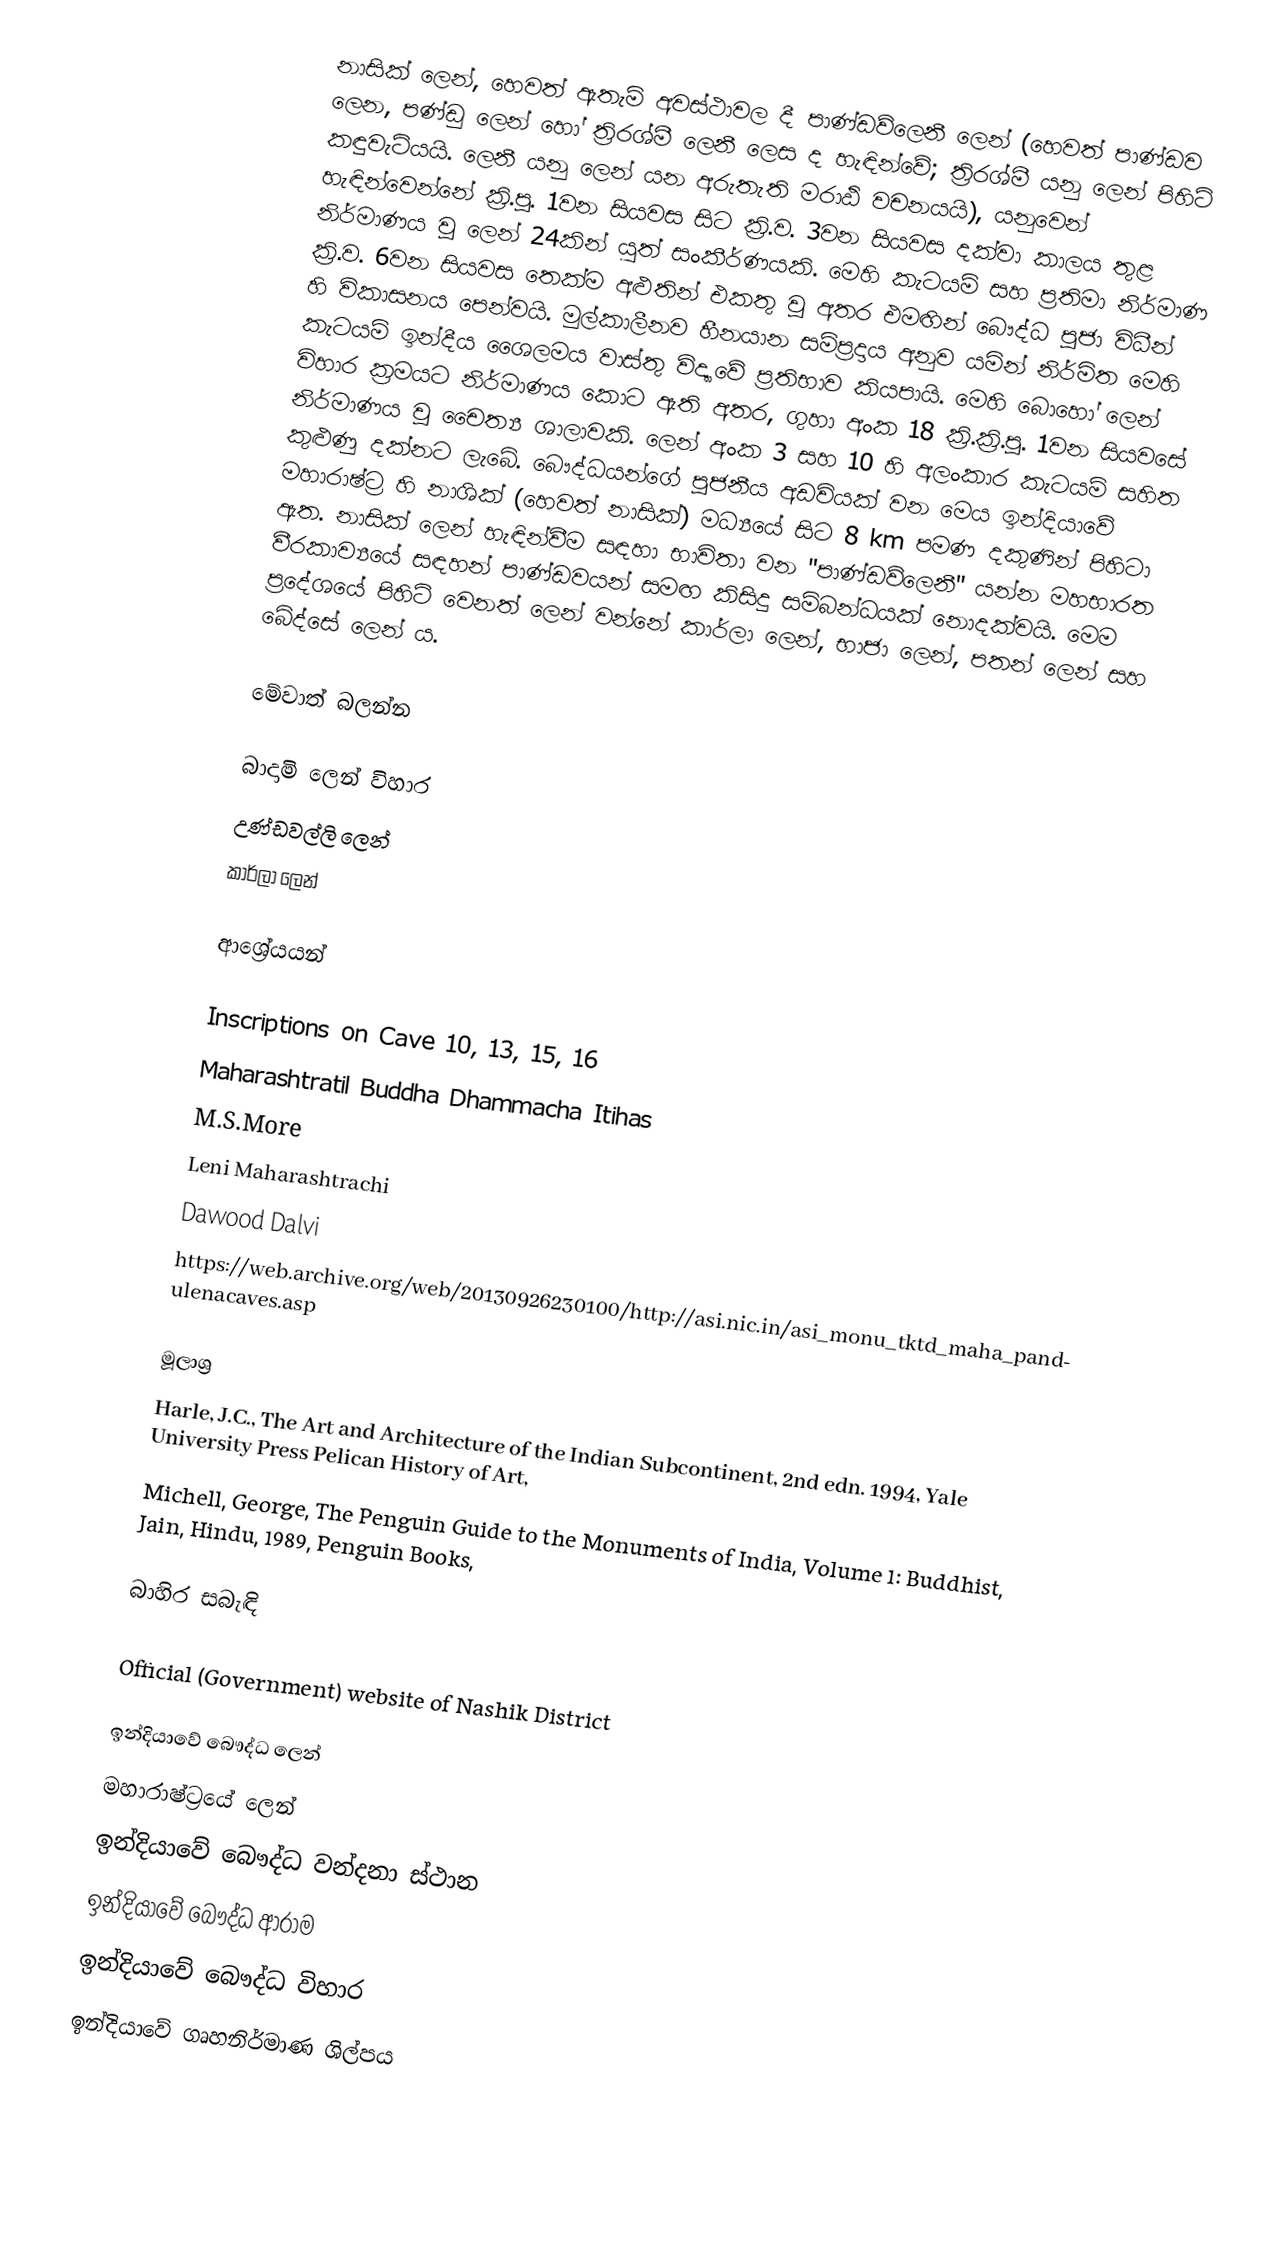
නාසික් ලෙන්, හෙවත් ඇතැම් අවස්ථාවල දී පාණ්ඩව්ලෙනී ලෙන්  (හෙවත් පාණ්ඩව ලෙන, පණ්ඩු ලෙන් හෝ ත්‍රිරශ්මී ලෙනී ලෙස ද හැඳින්වේ; ත්‍රිරශ්මී යනු ලෙන් පිහිටි කඳුවැටියයි. ලෙනී යනු ලෙන් යන අරුතැති මරාඨි වචනයයි), යනුවෙන් හැඳින්වෙන්නේ ක්‍රි.පූ. 1වන සියවස සිට ක්‍රි.ව. 3වන සියවස දක්වා කාලය තුළ නිර්මාණය වූ ලෙන් 24කින් යුත් සංකීර්ණයකි. මෙහි කැටයම් සහ ප්‍රතිමා නිර්මාණ ක්‍රි.ව. 6වන සියවස තෙක්ම අළුතින් එකතු වූ අතර එමඟින් බෞද්ධ පූජා විධීන් හි විකාසනය පෙන්වයි. මුල්කාලීනව හීනයාන සම්ප්‍රදාය අනුව යමින් නිර්මිත මෙහි කැටයම් ඉන්දීය ශෛලමය වාස්තු විද්‍යාවේ ප්‍රතිභාව කියපායි.  මෙහි බොහෝ ලෙන් විහාර ක්‍රමයට නිර්මාණය කොට ඇති අතර, ගුහා අංක 18 ක්‍රි.ක්‍රි.පූ. 1වන සියවසේ නිර්මාණය වූ චෛත්‍ය ශාලාවකි. ලෙන් අංක 3 සහ 10 හි අලංකාර කැටයම් සහිත කුළුණු දක්නට ලැබේ.  බෞද්ධයන්ගේ පූජනීය අඩවියක් වන මෙය ඉන්දියාවේ මහාරාෂ්ට්‍ර හි නාශික් (හෙවත් නාසික්) මධ්‍යයේ සිට 8 km පමණ දකුණින් පිහිටා ඇත. නාසික් ලෙන් හැඳින්වීම සඳහා භාවිතා වන "පාණ්ඩව්ලෙනී" යන්න මහභාරත වීරකාව්‍යයේ සඳහන් පාණ්ඩවයන් සමඟ කිසිදු සම්බන්ධයක් නොදක්වයි. මෙම ප්‍රදේශයේ පිහිටි වෙනත් ලෙන් වන්නේ කාර්ලා ලෙන්, භාජා ලෙන්, පතන් ලෙන් සහ බේද්සේ ලෙන් ය.

මේවාත් බලන්න

 බාදාමි ලෙන් විහාර
 උණ්ඩවල්ලි ලෙන්
 කාර්ලා ලෙන්

ආශ්‍රේයයන්

Inscriptions on Cave 10, 13, 15, 16
Maharashtratil Buddha Dhammacha Itihas
M.S.More
Leni Maharashtrachi
Dawood Dalvi
https://web.archive.org/web/20130926230100/http://asi.nic.in/asi_monu_tktd_maha_pandulenacaves.asp

මූලාශ්‍ර
Harle, J.C., The Art and Architecture of the Indian Subcontinent, 2nd edn. 1994, Yale University Press Pelican History of Art,
 Michell, George, The Penguin Guide to the Monuments of India, Volume 1: Buddhist, Jain, Hindu, 1989, Penguin Books,

බාහිර සබැඳි

 Official (Government) website of Nashik District

ඉන්දියාවේ බෞද්ධ ලෙන්
මහාරාෂ්ට්‍රයේ ලෙන්
ඉන්දියාවේ බෞද්ධ වන්දනා ස්ථාන
ඉන්දියාවේ බෞද්ධ ආරාම
ඉන්දියාවේ බෞද්ධ විහාර
ඉන්දියාවේ ගෘහනිර්මාණ ශිල්පය